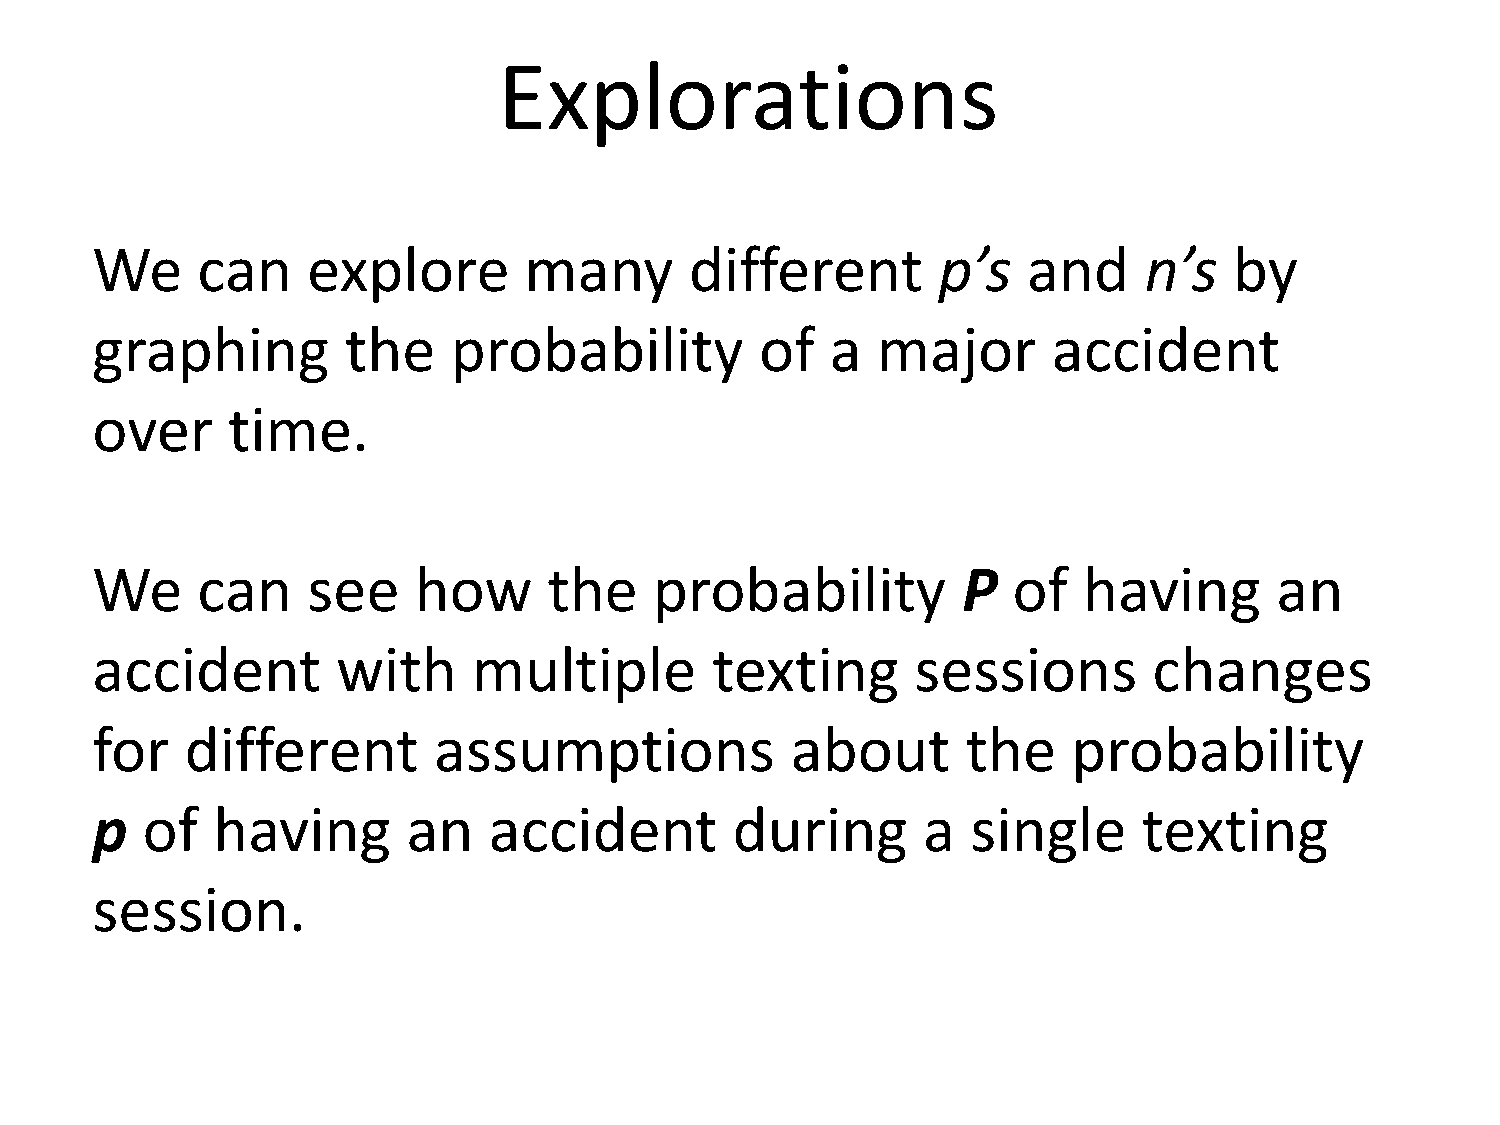
Explorations
 We     can    explore        many       different       p’s   and     n’s   by
 graphing         the    probability         of   a  major       accident
 over     time.
 We     can    see    how      the    probability          P  of   having       an
 accident        with     multiple        texting       sessions       changes
 for   different        assumptions            about       the    probability
 p  of   having       an   accident         during      a  single      texting
 session.